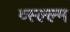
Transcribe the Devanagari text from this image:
व्स्ल्ल्म